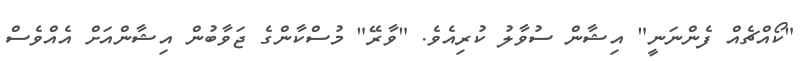
"ކޯއްޗެއް ފެންނަނީ" އިޝާން ސުވާލު ކުރިއެވެ. "ވާރޭ" މުސްކާންގެ ޖަވާބުން އިޝާންއަށް އެއްވެސް